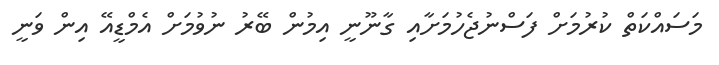
މަސައްކަތް ކުރުމަށް ފަސްނުޖެހުމަށާއި ގާނޫނީ އިމުން ބޭރު ނުވުމަށް އެމްޑީއޭ އިން ވަނީ